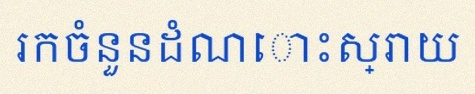
រកចំនួនដំណោះស្រាយ